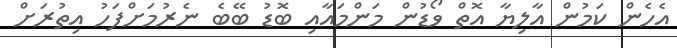
އެހެން ކަމުން އާލިޔާ އޮތް ވޯޑުން މަންމައާއި ބޮޑު ބޭބެ ނެރުމަށްފަހު އިތުރަށް